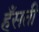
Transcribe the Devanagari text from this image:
हँसती